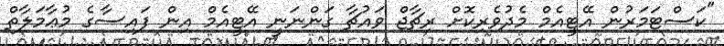
"ކަސްޓަމަރުން އޭޓީއެމް މެދުވެރިކޮށް ރިޗާޖް ވައުޗާ ގަންނަނީ އޭޓީއެމް އިން ފައިސާގެ މުޢާމަލާތް